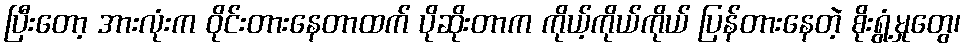
ပြီးတော့ အားလုံးက ဝိုင်းတားနေတာထက် ပိုဆိုးတာက ကိုယ့်ကိုယ်ကိုယ် ပြန်တားနေတဲ့ စိုးရွံ့မှုတွေ၊